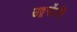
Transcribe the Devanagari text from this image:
उद्वर्गोऽसि